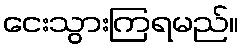
ငေးသွားကြရမည်။